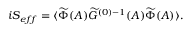
i S _ { e f f } = \langle \widetilde { \Phi } ( A ) \widetilde { { \cal G } } ^ { ( 0 ) - 1 } ( A ) \widetilde { \Phi } ( A ) \rangle .